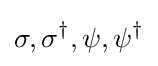
\sigma ,\sigma ^{\dagger },\psi ,\psi ^{\dagger }